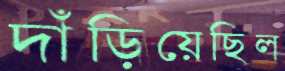
দাঁড়িয়েছিল